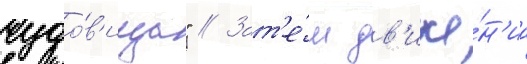
чудо́в'ища" // Зат'е́м дв'иже́н'иа